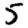
Digit: 5